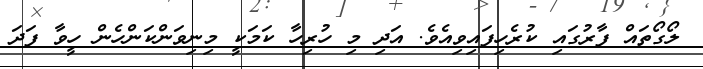
ލޯގޯތައް ފާރުގައި ކުރެހިފައިވިއެވެ. އަދި މި ހުރިހާ ކަމަކީ މިނިވަންކަންހެން ހީވާ ފަދަ